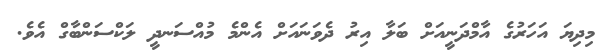
މިދިޔަ އަހަރުގެ އާމްދަނީއަށް ބަލާ އިރު ދެވަނައަށް އެންމެ މުއްސަނދީ ލަކްސަންބާގް އެވެ.